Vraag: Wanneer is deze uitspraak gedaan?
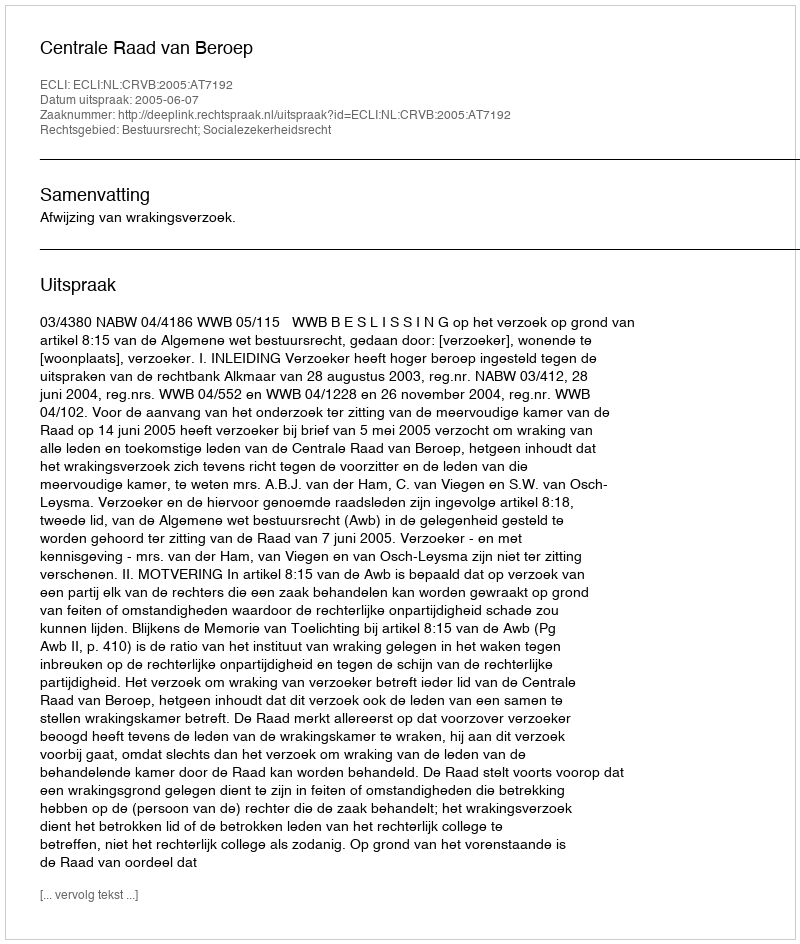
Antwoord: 2005-06-07